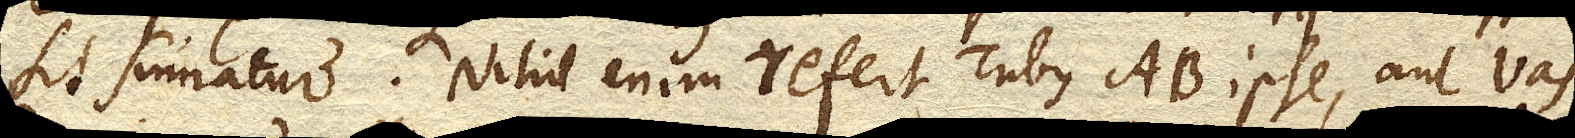
sit sumatur. Nihil enim refert Tubus AB. ipse, aut vas